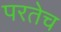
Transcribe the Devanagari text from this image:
परतेच